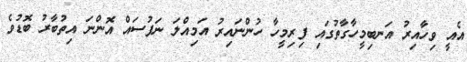
އެއީ ވިހާއިރު އަނބިމީހާގާތުގައި ފިރިމީހާ ހުންނައިރު އަމިއްލަ ނަފުސައް އޮންނަ އިތުބާރު ބޮޑުވެ